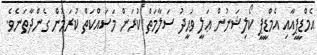
އެމްޑީޕީއާއި އެމްޑީޕީ ކޯލިޝަނުން ޢަލީ ވަޙީދު ސަލާމަތް ކުރަން މަސައްކަތް ކުރަމުން ގެންދާތަނެވެ.